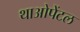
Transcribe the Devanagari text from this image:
थाओपेंटल